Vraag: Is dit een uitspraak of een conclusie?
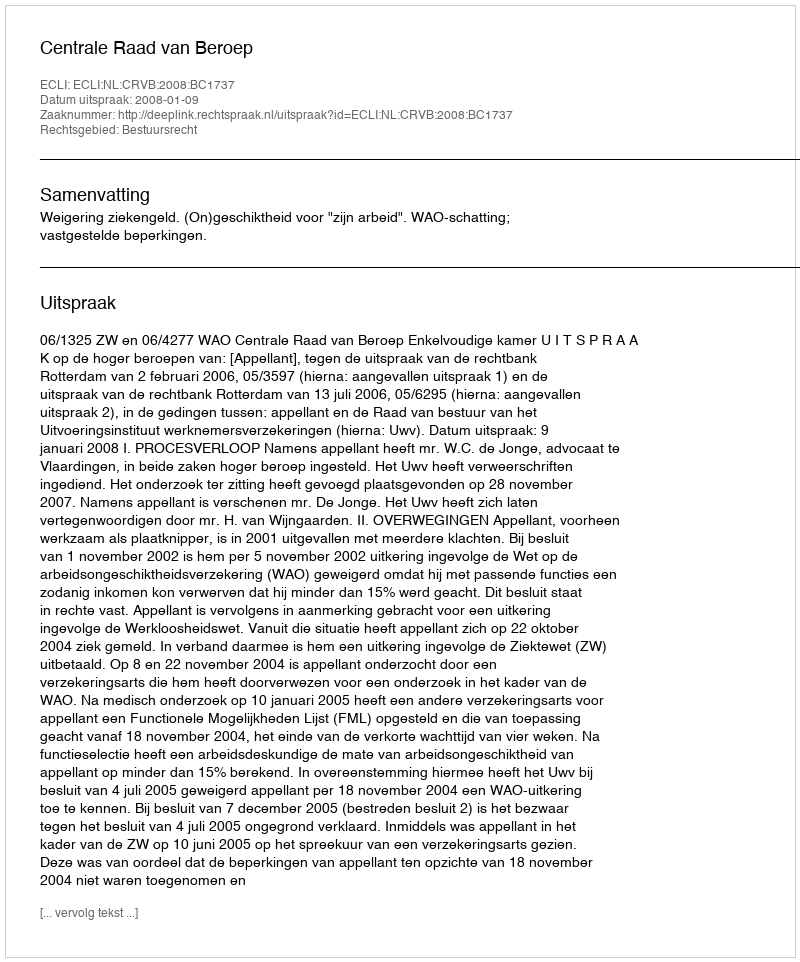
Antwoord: Uitspraak